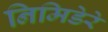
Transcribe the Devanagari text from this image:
निमिडेरे